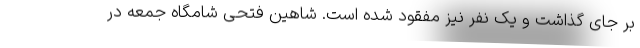
بر جای گذاشت و یک نفر نیز مفقود شده است‌. شاهین فتحی شامگاه جمعه در